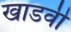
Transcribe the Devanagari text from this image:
खाडवी